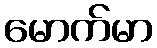
မောက်မာ